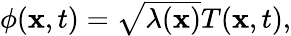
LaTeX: \begin{array}{r}{\phi(\mathbf x,t)=\sqrt{\lambda(\mathbf x)}T(\mathbf x,t),}\end{array}